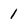
Character: 1